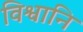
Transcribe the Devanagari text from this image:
विश्वानि